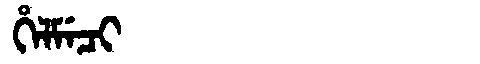
Manchu: ᡥᡝᠯᠮᡝᠴᡳ
Romanization: HELMECI